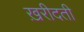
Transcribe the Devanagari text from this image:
ख़रीदती